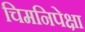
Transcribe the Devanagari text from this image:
चिमनिपेक्षा